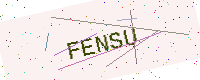
Text: FENSU